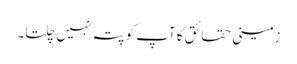
زمینی حقائق کا آپ کو پتہ نہیں چلتا۔